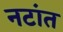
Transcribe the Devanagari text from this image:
नटांत